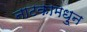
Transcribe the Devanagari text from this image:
नाटकामधु्न